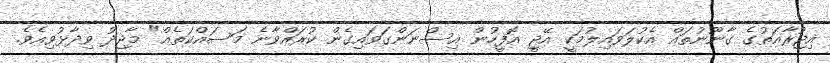
އިޖުރާއަތުގެ ގާނޫނުތައް އެކުލަވައިލުމަކީ އޭޖީ އޮފީހުން އިސްނަންގަވައިގެން ކުރައްވާނެ މަސައްކަތެއް" މާޖިދު ވިދާޅުވިއެވެ.